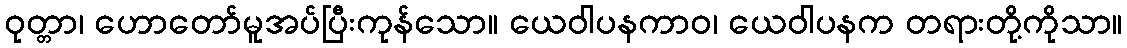
ဝုတ္တာ၊ ဟောတော်မူအပ်ပြီးကုန်သော။ ယေဝါပနကာဝ၊ ယေဝါပနက တရားတို့ကိုသာ။